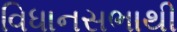
વિધાનસભાથી